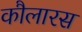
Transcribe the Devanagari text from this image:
कौलारस